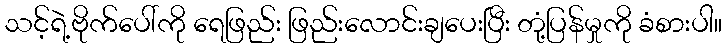
သင့်ရဲ့ဗိုက်ပေါ်ကို ရေဖြည်း ဖြည်းလောင်းချပေးပြီး တုံ့ပြန်မှုကို ခံစားပါ။